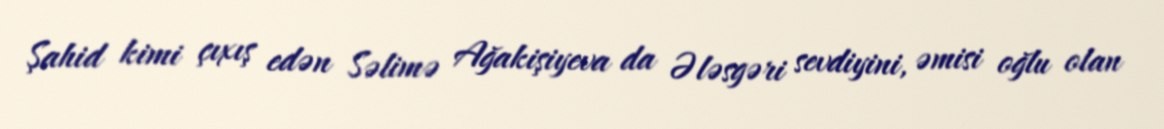
Şahid kimi çıxış edən Səlimə Ağakişiyeva da Ələsgəri sevdiyini, əmisi oğlu olan